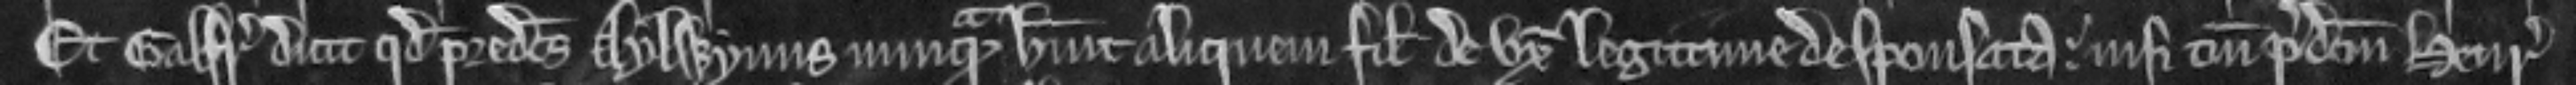
Et Galfridus dicit quod predictus Aylwynus nunquam habuit aliquem filium de uxore legitime desponsata. nisi tantum predictum Henricum